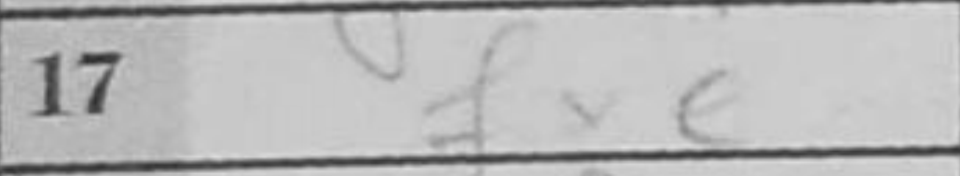
Transcription: fxe